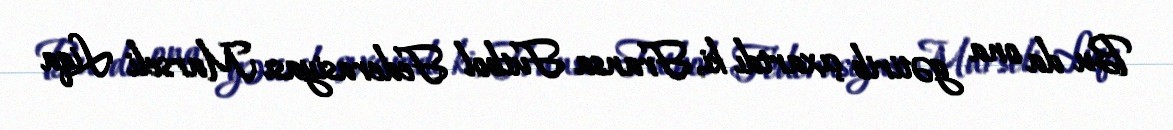
Bu da ona gətirib çıxartdı ki, Fransa Futbol Federasiyası Marseli Liqa